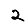
Digit: 2